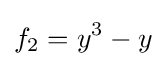
f_{2}=y^{3}-y